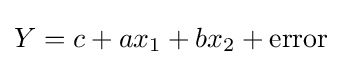
Y=c+ax_{1}+bx_{2}+{\text{error}}